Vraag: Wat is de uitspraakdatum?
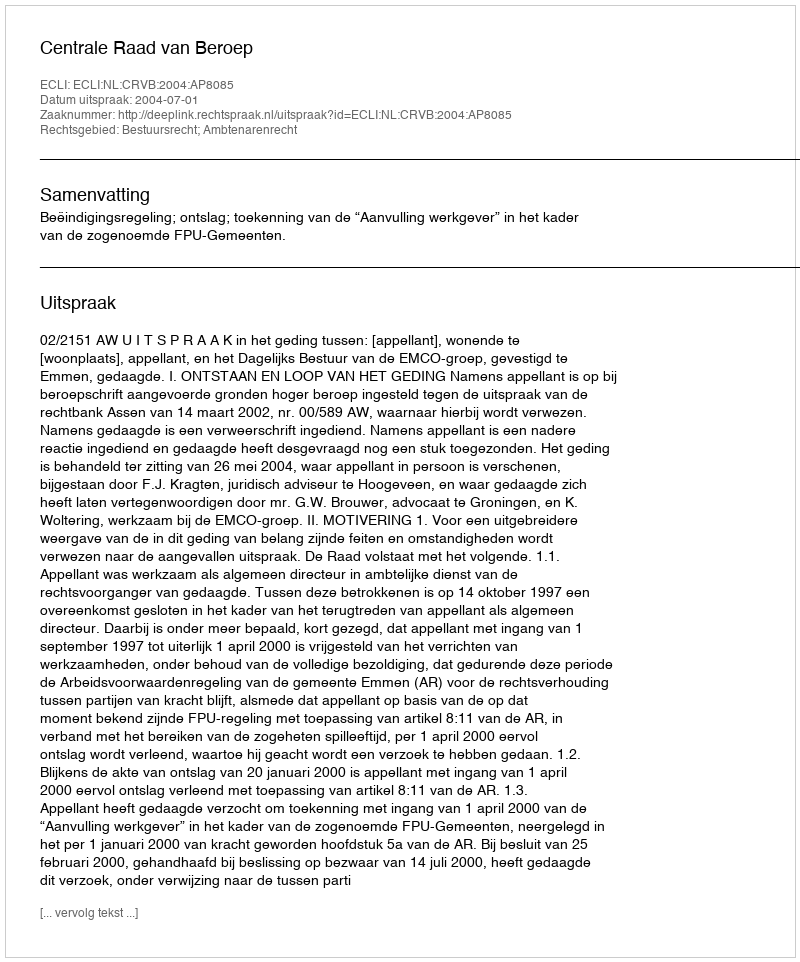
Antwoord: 2004-07-01